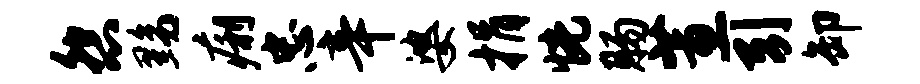
怨黝痢忠辛婆捐恍肠蕙引卸